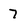
Character: 7